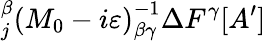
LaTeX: _{j}^{\beta}\left(M_{0}-i\varepsilon\right)_{\beta\gamma}^{-1}\Delta F^{\gamma}[A^{\prime}]